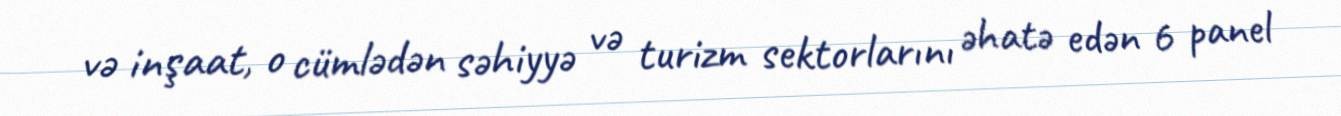
və inşaat, o cümlədən səhiyyə və turizm sektorlarını əhatə edən 6 panel